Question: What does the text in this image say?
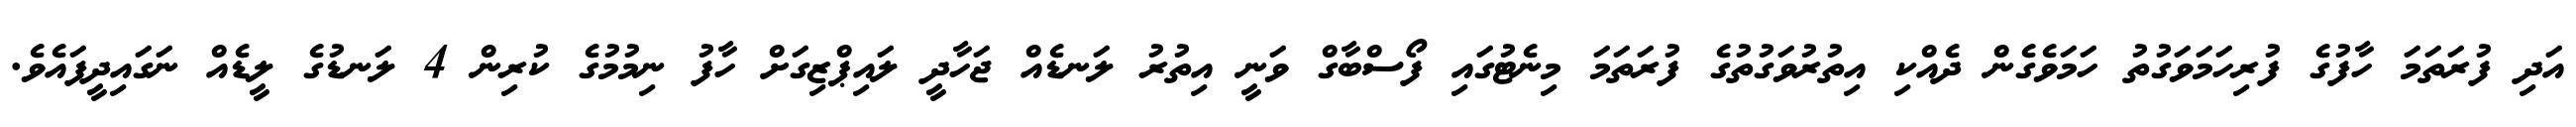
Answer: އަދި ފުރަތަމަ ހާފުގެ ފުރިހަމަވަގުތު ހަމަވެގެން ދެއްކި އިތުރުވަގުތުގެ ފުރަތަމަ މިނެޓުގައި ފޯސްބާގް ވަނީ އިތުރު ލަނޑެއް ޖަހާދީ ލައިޕްޒިގަށް ހާފު ނިމުމުގެ ކުރިން 4 ލަނޑުގެ ލީޑެއް ނަގައިދީފައެވެ.